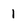
Character: l